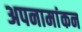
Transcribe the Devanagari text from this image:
अपनामांकन